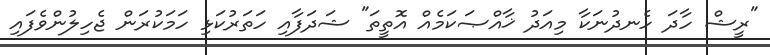
"ރީޝް ހާދަ ހެނދުނަކާ މިއަދު ޚާއްޞަކަމެއް އޮތީތަ" ޝަދަފާއި ހަތަރުކަޅި ހަމަކުރަން ޖެހިލުންވެފައި